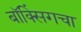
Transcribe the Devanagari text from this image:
बॉक्सिंगचा